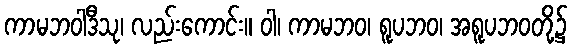
ကာမဘဝါဒီသု၊ လည်းကောင်း။ ဝါ၊ ကာမဘဝ၊ ရူပဘဝ၊ အရူပဘဝတို့၌